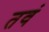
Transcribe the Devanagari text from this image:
तवं